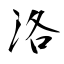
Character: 洛